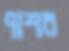
পাশর